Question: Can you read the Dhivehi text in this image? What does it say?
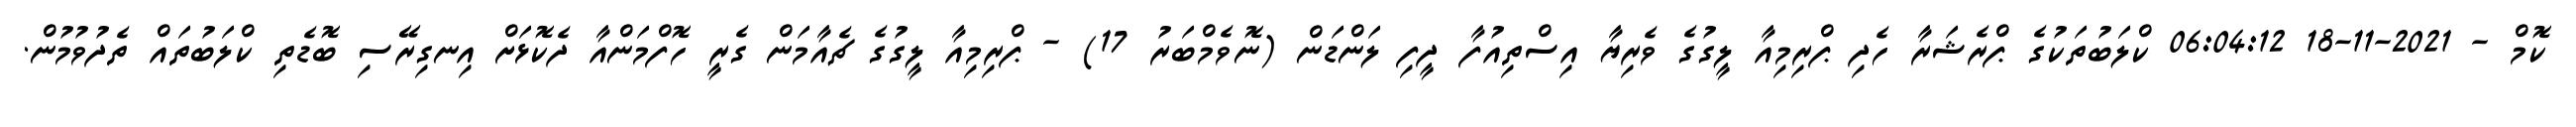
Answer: ކޮމް - 2021-11-18 06:04:12 ކްލަބުތަކުގެ ޕްރެޝަރާ ހެދި ޕްރިމިއާ ލީގުގެ ވެރިޔާ އިސްތިއުފާ ދީފި ލަންޑަން (ނޮވެމްބަރު 17) - ޕްރިމިއާ ލީގުގެ ޗެއާމަން ގެރީ ހޮފްމަންއާ ދެކޮޅަށް އިނގިރޭސި ބޮޑެތި ކްލަބުތައް ތެދުވުމުން.